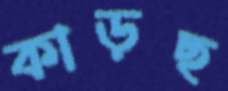
কাড়ছ